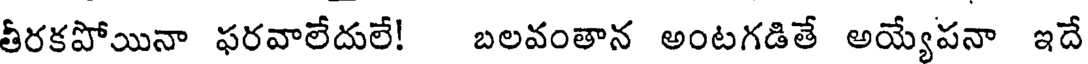
తీరకపోయినా ఫరవాలేదులే! బలవంతాన అంటగడితే అయ్యేపనా ఇదే